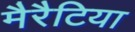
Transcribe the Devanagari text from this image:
मैरैटिया